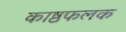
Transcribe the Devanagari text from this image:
काष्ठफलक